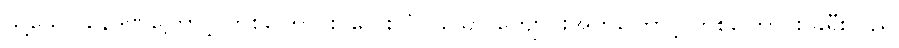
သို့သော် နေဒဏ်ကြောင့် တစ်ကြောင်း၊ လေးလံလှသော ကျောပိုးအိတ်ကြောင့် တစ်ကြောင်း ခရီးသည်